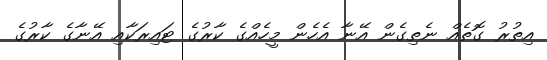
އިތުރު ގޮތެއް ނެތިގެން އޭނާ އެހެން މީހެއްގެ ކާރުގެ ޓައިރަކާއި އޭނާގެ ކާރުގެ